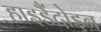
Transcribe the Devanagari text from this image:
हाइडैंटोइन